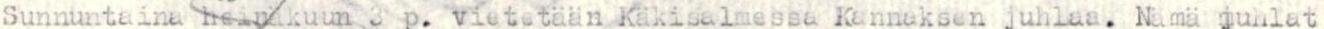
Sunnuntaina heinäkuun 3 p. vietetään Käkisalmessa Kannaksen juhlaa. Nämä juhlat